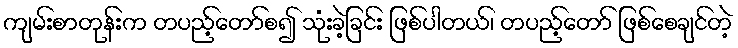
ကျမ်းစာတုန်းက တပည့်တော်စ၍ သုံးခဲ့ခြင်း ဖြစ်ပါတယ်၊ တပည့်တော် ဖြစ်စေချင်တဲ့